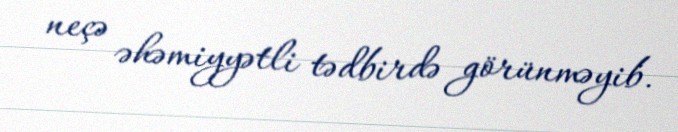
neçə əhəmiyyətli tədbirdə görünməyib.